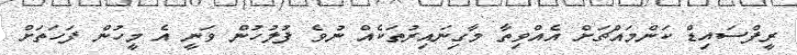
ރީފްސައިޑް ކަންމައްޗަށް އެއްވިތާ މާގިނައިރުތަކެއް ނުވެ ފުލުހުން ވަނީ އެ މީހުން ފަހަތަށް